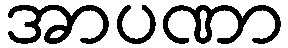
အာပဏာ